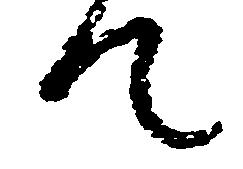
て